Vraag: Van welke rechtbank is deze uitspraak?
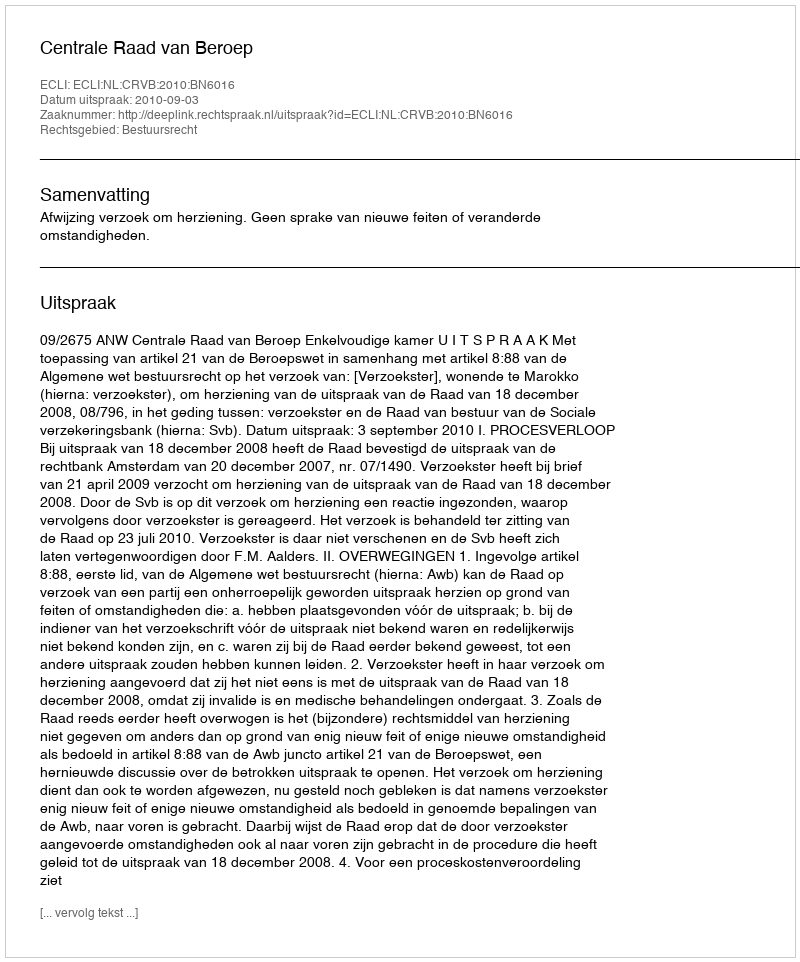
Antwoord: Centrale Raad van Beroep